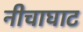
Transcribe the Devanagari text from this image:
नीचाघाट